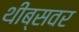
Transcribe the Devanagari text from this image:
थीब्सवर